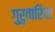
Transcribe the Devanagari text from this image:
गुरुवारिया